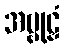
အဗ္ဗုဠှံ